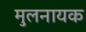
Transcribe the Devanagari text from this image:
मुलनायक